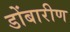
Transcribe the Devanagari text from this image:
डोंबारीण